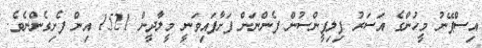
އިސްޕޭނު މީހުންގެ އަސަރު ފިލިޕީންސުން ފެންނަން ފަށާފައިވަނީ މީލާދީން 1521 އިން ފެށިގެންނެވެ.